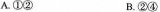
A.①② B.②④